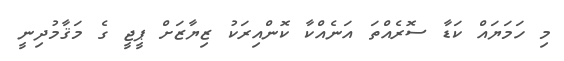
މި ހަމަޔައް ކަޑާ ސޮރެއްތަ އަނެއްކާ ކޮންއިރަކު ޒިޔާޒަށް ޕީޖީ ގެ މަޤާމުދިނީ